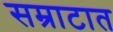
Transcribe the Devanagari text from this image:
सम्राटात